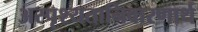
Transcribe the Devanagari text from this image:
अस्पृश्यतानिवारणार्थ